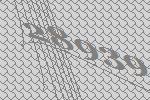
28939